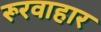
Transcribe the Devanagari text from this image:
रूरवाहार